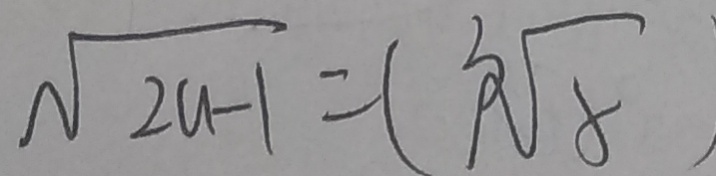
\sqrt { 2 a - 1 } = ( \sqrt [ 3 ] { 8 }